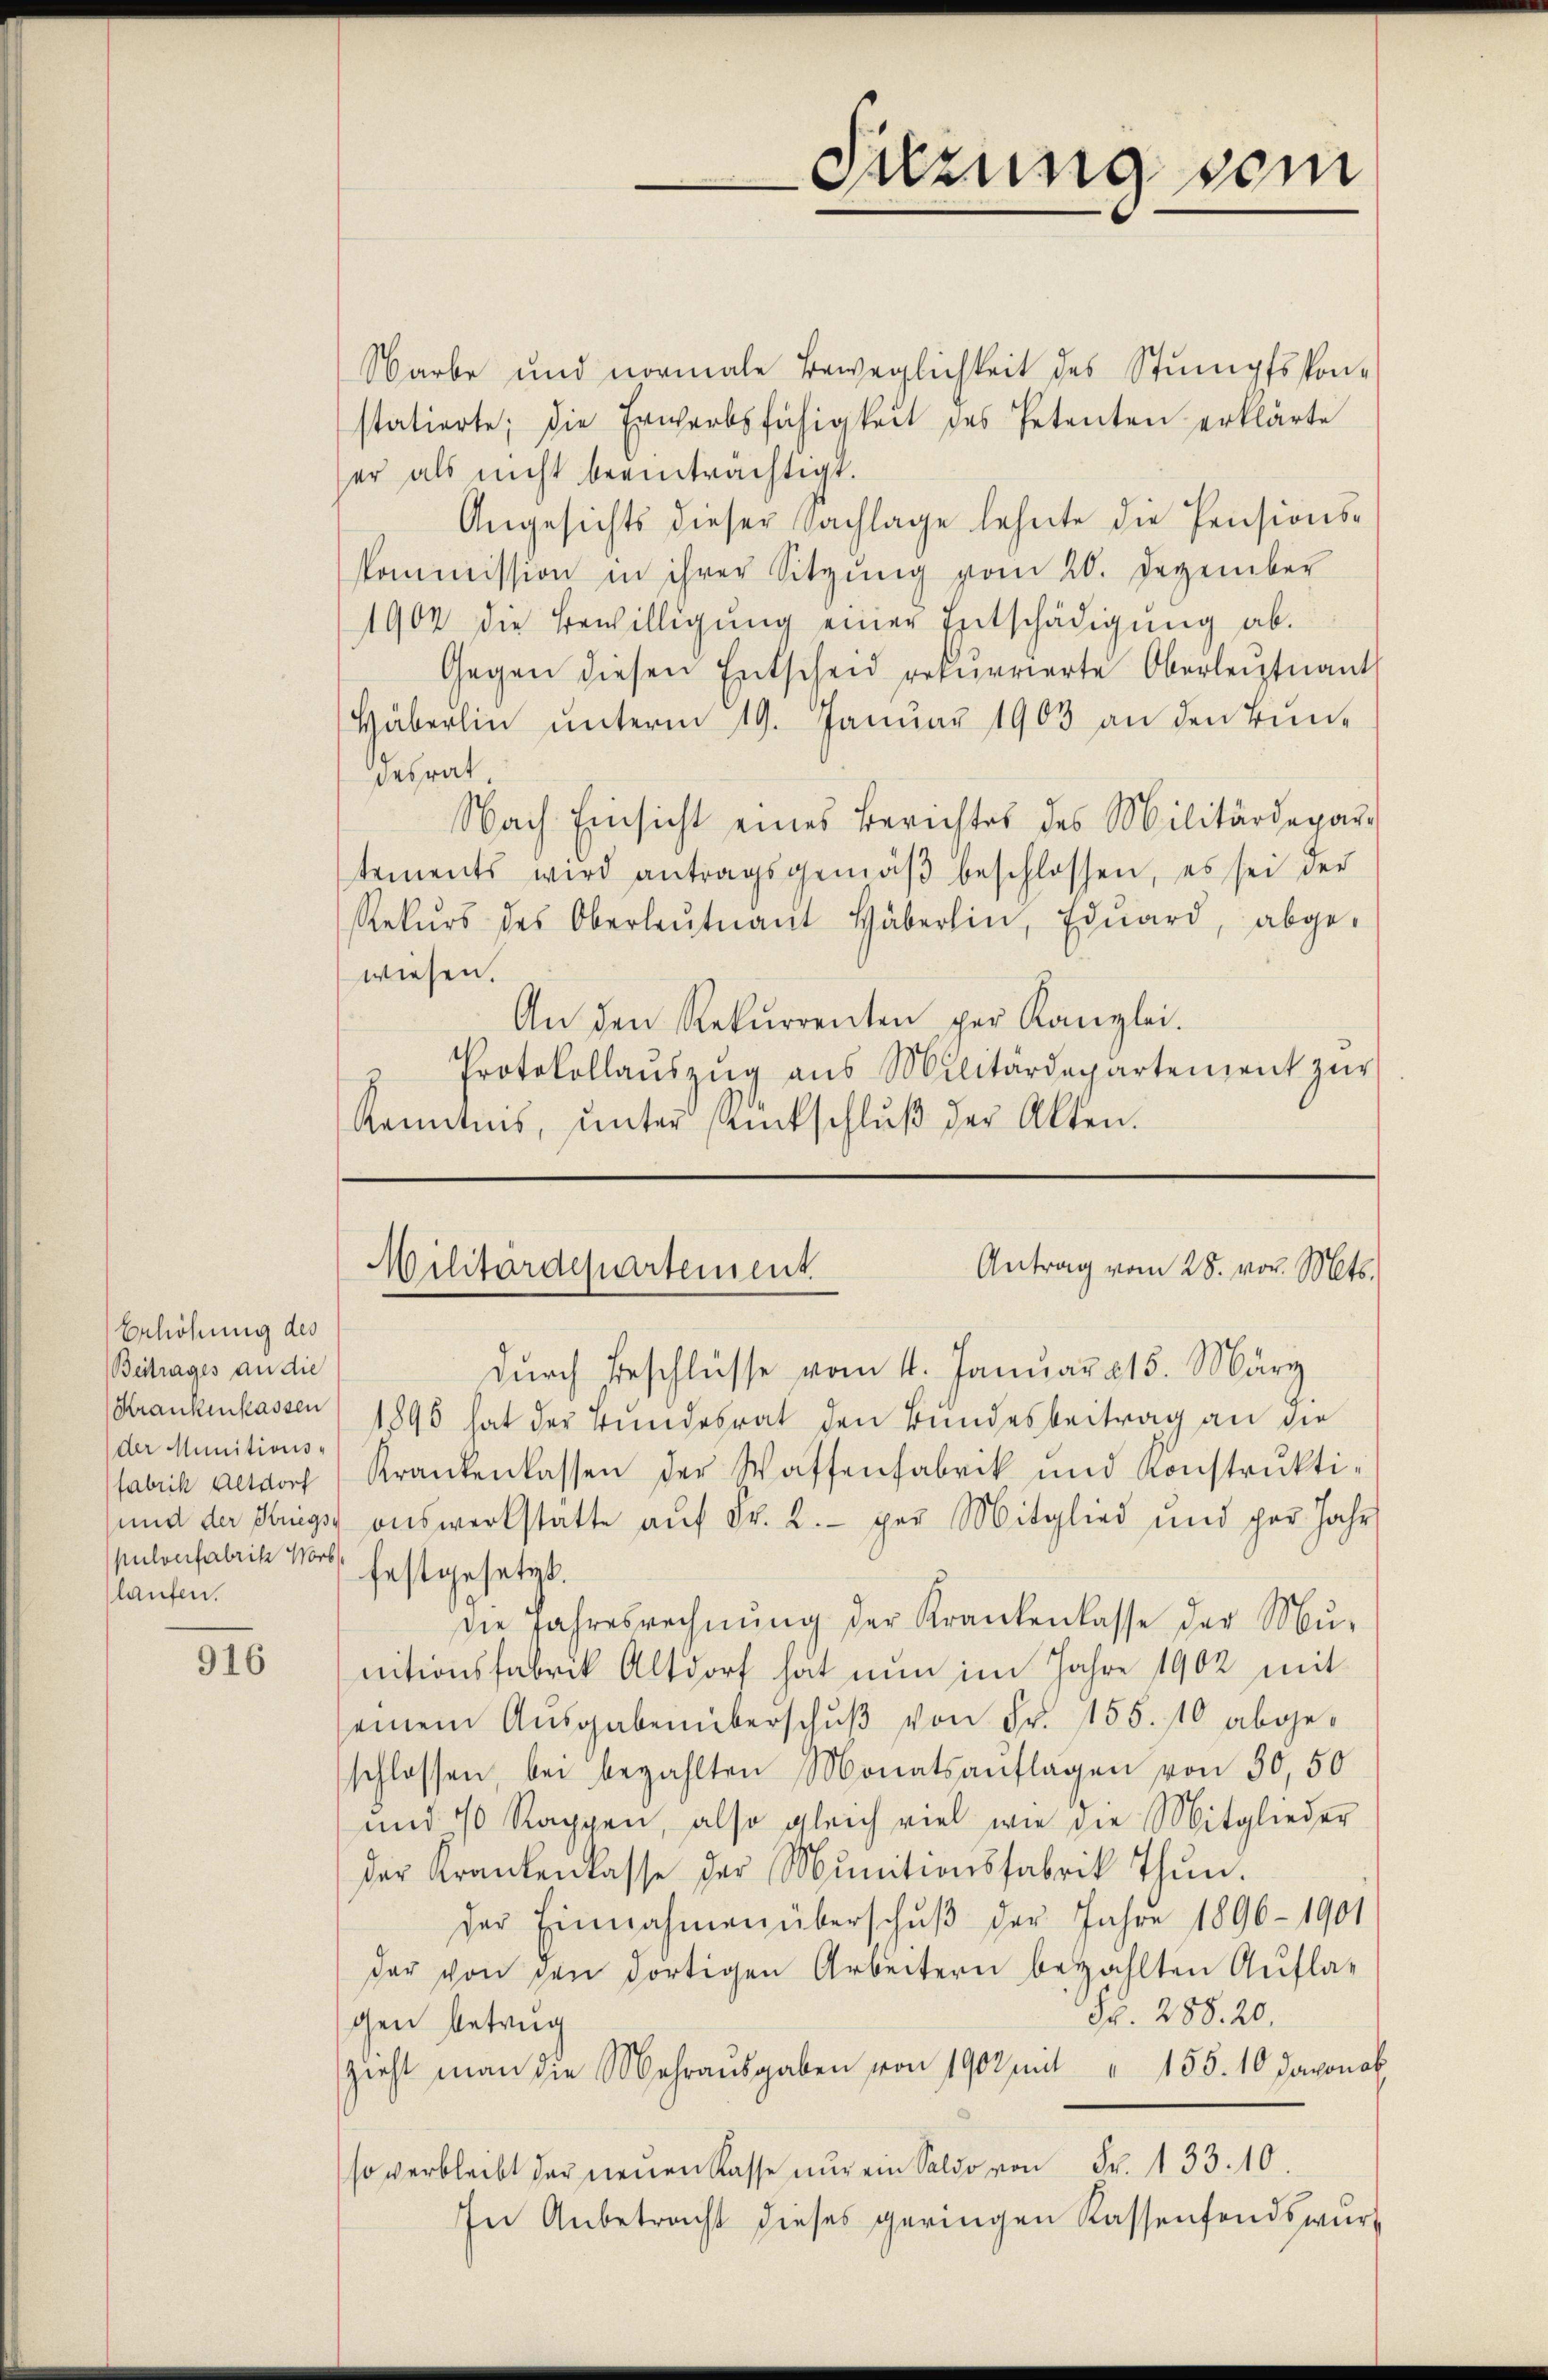
Erhöhung des
Beitrages an die
Krankenkassen
der Munitions-
fabrik Altdorf
pulverfabrik vor festgesetzt.
laufen.

916

Warbe und normale Beweglichkeit des Stumpfssonstatierte; die Erwerbsfähigkeit des Petenten erklärte
er als nicht beeinträchtigt.
Angesichts dieser Nachlage lehnte die Pensions-
kommission in ihrer Sitzung vom 20. Dezember
1902 die Bewilligung einer Entschädigung ab.
Gegen diesen Entscheid rekurrierte Oberleutnant
Häberlin ŭnterm 19. Janŭar 1903 an den Bŭn-
desrat.
Nach Einsicht eines Berichtes des Militärdepar-
tements wird antragsgemäβ beschlossen, es sei der
Rekŭrs des Oberleutnant Häberlin, Edŭard, abge-
wiesen.
An den Rekurrenten per Kanzlei.
Protokollaŭszŭg aŭs Militärdepartement zŭr
Kenntnis, ŭnter Rückschlŭβ der Akten.

Sitzung sein

Antrag vom 28. vor. Mts.
Wilitärdepartement

dŭrch Beschlüsse vom 4. Januar 215. März
1896 hat der Bundesrat den Bundesbeitrag an die
Krankenlassen der Waffenfabrik und Konstrŭkti-
und der Kriegs aŭswerkstatte aŭf Fr. 2.- per Mitglied und per Jahr
die Jahresrechnŭng der Krankenlasse der Mu-
nitionsfabrik Altdorf hat nun im Jahre 1902 mit
einem Aŭsgaben überschŭβ von Fr. 155. 10 abgeschlossen, bei bezahlten Monatsauflagen von 50,50
und 10 Rappen, also gleich viel wie die Mitglieder
der Krankenlasse der Munitionsfabrik thŭn.
der Einnahmen überschŭβ der Jahre 1896 - 1901
dar von den dortigen Arbeitern bezahlten Aufla¬
S. 288. 20.
gen betrug
Zieht man die Mehraŭsgaben von 1903 mit " 155. 10 Jaxonab
so verbleibt der neuen Kasse nŭr ein Saldo von Fr. 133.10.
In Anbetracht dieses geringen Kassenfondswurf